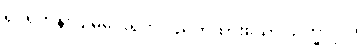
ရှင်ရဟန်းပြုမပေးရဟု ပညတ်ထားသော သိက္ခာပုဒ်။